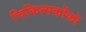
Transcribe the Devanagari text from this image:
चिकित्सकोंको